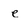
Character: e